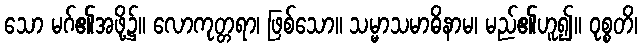
သော မဂ်၏အဖို့၌။ လောကုတ္တရာ၊ ဖြစ်သော။ သမ္မာသမာဓိနာမ၊ မည်၏ဟူ၍။ ဝုစ္စတိ၊